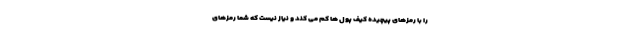
را با رمزهای پیچیده کیف پول ها کم می کند و نیاز نیست که شما رمزهای